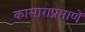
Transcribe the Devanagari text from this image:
कासाराप्रमाणें